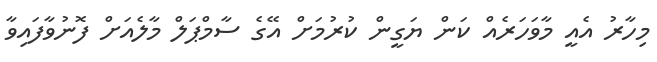
މިހާރު އެއީ މާވަހަރެއް ކަން ޔަގީން ކުުރުމަށް އޭގެ ސާމްޕަލް މާލެއަށް ފޮނުވާފައިވާ